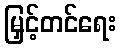
မြှင့်တင်ရေး